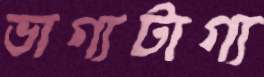
ভাগ্যটাগ্য